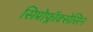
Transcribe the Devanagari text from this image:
सिप्रोफ्लॉक्सेसिन